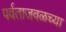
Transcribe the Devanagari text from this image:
पर्वताजवळच्या